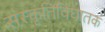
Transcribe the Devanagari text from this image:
संस्कृतिविघातक